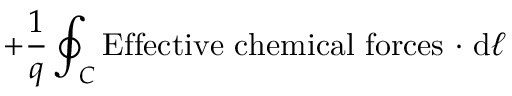
+ { \frac { 1 } { q } } \oint _ { C } \mathrm { E f f e c t i v e \ c h e m i c a l \ f o r c e s \ \cdot } \ \mathrm { d } { \boldsymbol { \ell } }